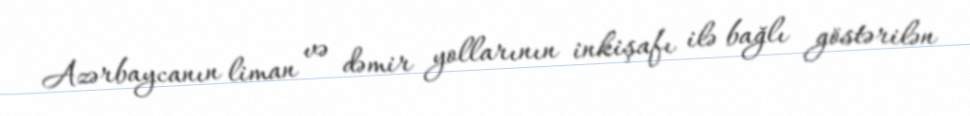
Azərbaycanın liman və dəmir yollarının inkişafı ilə bağlı göstərilən